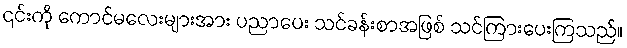
၎င်းကို ကောင်မလေးများအား ပညာပေး သင်ခန်းစာအဖြစ် သင်ကြားပေးကြသည်။